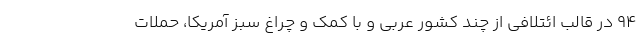
۹۴ در قالب ائتلافی از چند کشور عربی و با کمک و چراغ سبز آمریکا، حملات